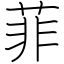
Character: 菲